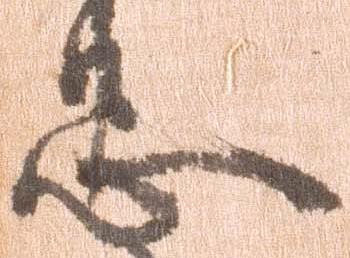
忠